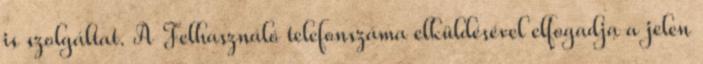
is szolgáltat. A Felhasználó telefonszáma elküldésével elfogadja a jelen